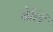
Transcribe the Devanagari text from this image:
सेलिं